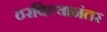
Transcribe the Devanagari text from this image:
ठरविल्यानंतर